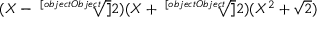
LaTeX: ( X - { \sqrt [ [object Object] ] { 2 } } ) ( X + { \sqrt [ [object Object] ] { 2 } } ) ( X ^ { 2 } + { \sqrt { 2 } } )